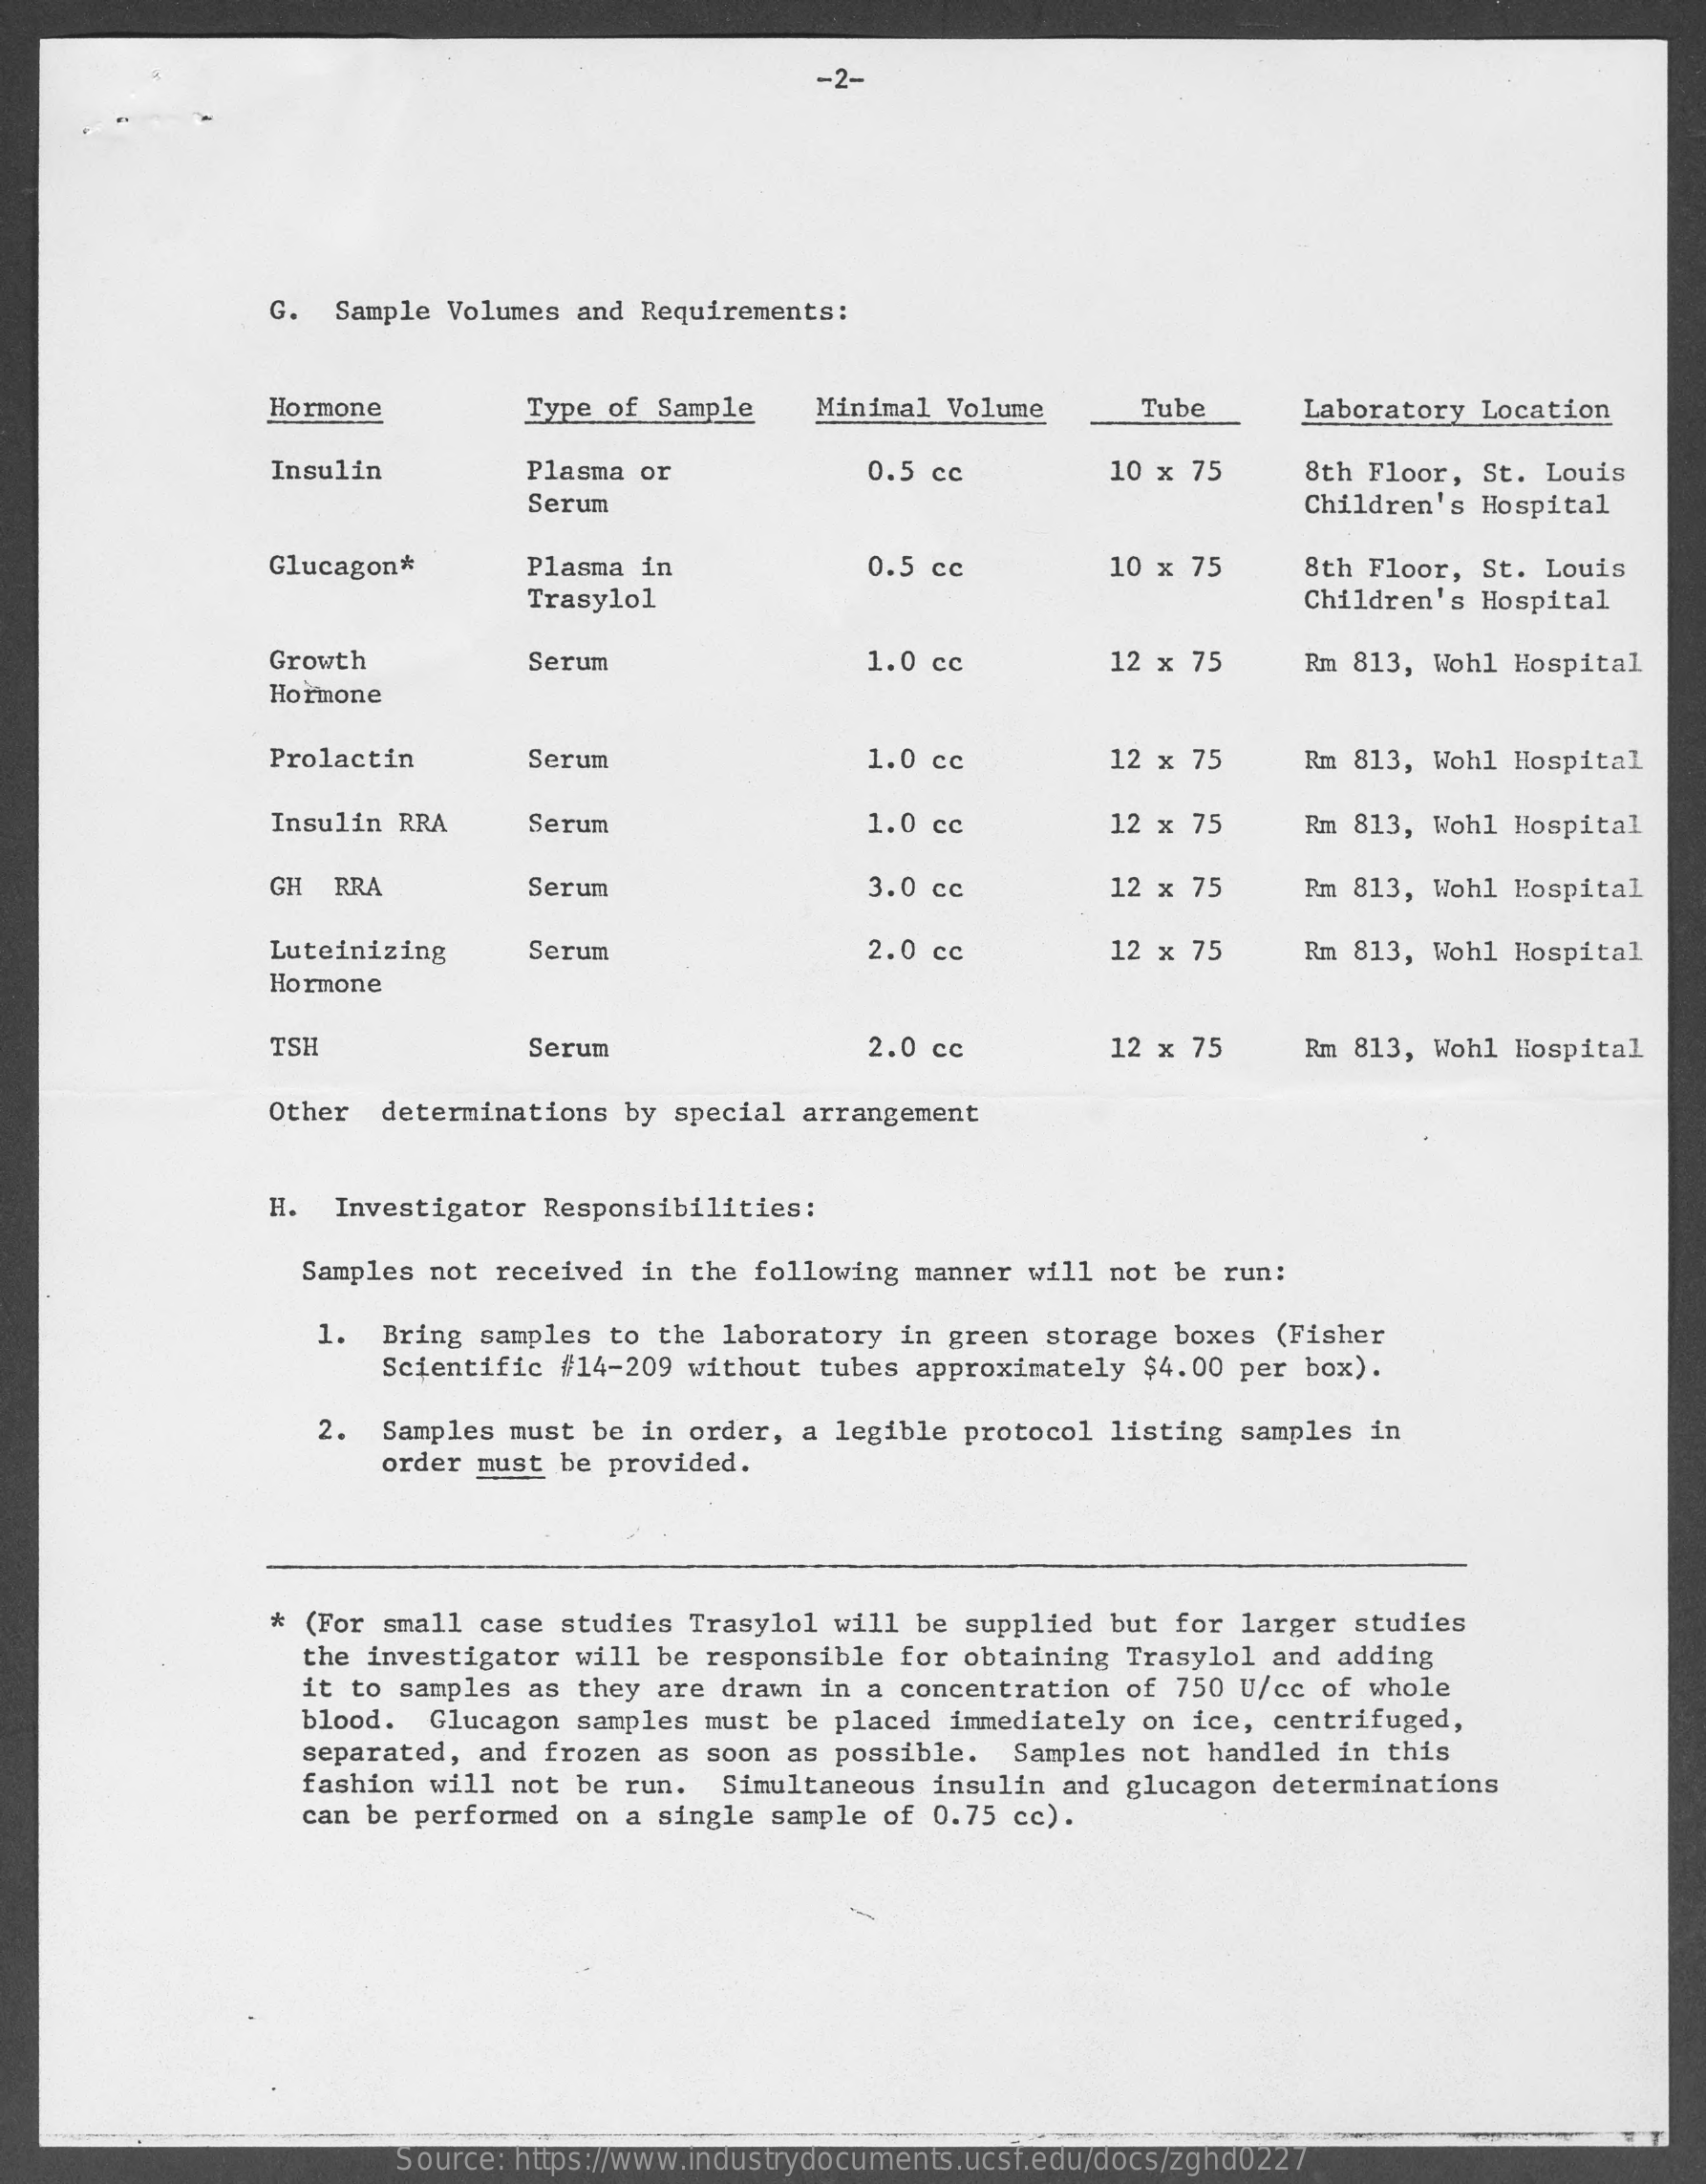
-2-
     G. Sample Volumes and Requirements:
     Hormone    Type of Sample Minimal Volume   Tube    Laboratory Location
     Insulin    Plasma or    0.5 cc    10 x 75   8th Floor, St. Louis
     Serum    Children's Hospital
     Glucagon*    Plasma in    0.5 cc
     Trasylol
     10 x 75   8th Floor, St. Louis
     Children's Hospital
     Growth    Serum    1.0 cc    12 × 75   Rm 813, Wohl Hospital
     Hormone
     Prolactin    Serum    1.0 cc    12 × 75   Rm 813, Wohl Hospital
     Insulin RRA   Serum    1.0 cc    12 × 75   Rm 813, Wohl Hospital
     GH RRA    Serum    3.0 cc    12 x 75   Rm 813, Wohl Hospital
     Luteinizing   Serum    2.0 cc    12 x 75   Rm 813, Wohl Hospital
     Hormone
     TSH    Serum    2.0 cc    12 x 75   Rm 813, Wohl Hospital
     Other determinations by special arrangement
     H. Investigator Responsibilities:
     Samples not received in the following manner will not be run:
     1. Bring samples to the laboratory in green storage boxes (Fisher
     Scientific #14-209 without tubes approximately $4.00 per box).
     2.  Samples must be in order, a legible protocol listing samples in
     order must be provided.
     * (For small case studies Trasylol will be supplied but for larger studies
     the investigator will be responsible for obtaining Trasylol and adding
     it to samples as they are drawn in a concentration of 750 U/cc of whole
     blood. Glucagon samples must be placed immediately on ice, centrifuged,
     separated, and frozen as soon as possible. Samples not handled in this
     fashion will not be run. Simultaneous insulin and glucagon determinations
     can be performed on a single sample of 0.75 cc).
     Source: https://www.industrydocuments.ucsf.edu/docs/zghd0227